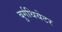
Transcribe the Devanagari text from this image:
बुर्गथियेटर